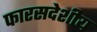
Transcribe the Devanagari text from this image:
फारसदेशीय